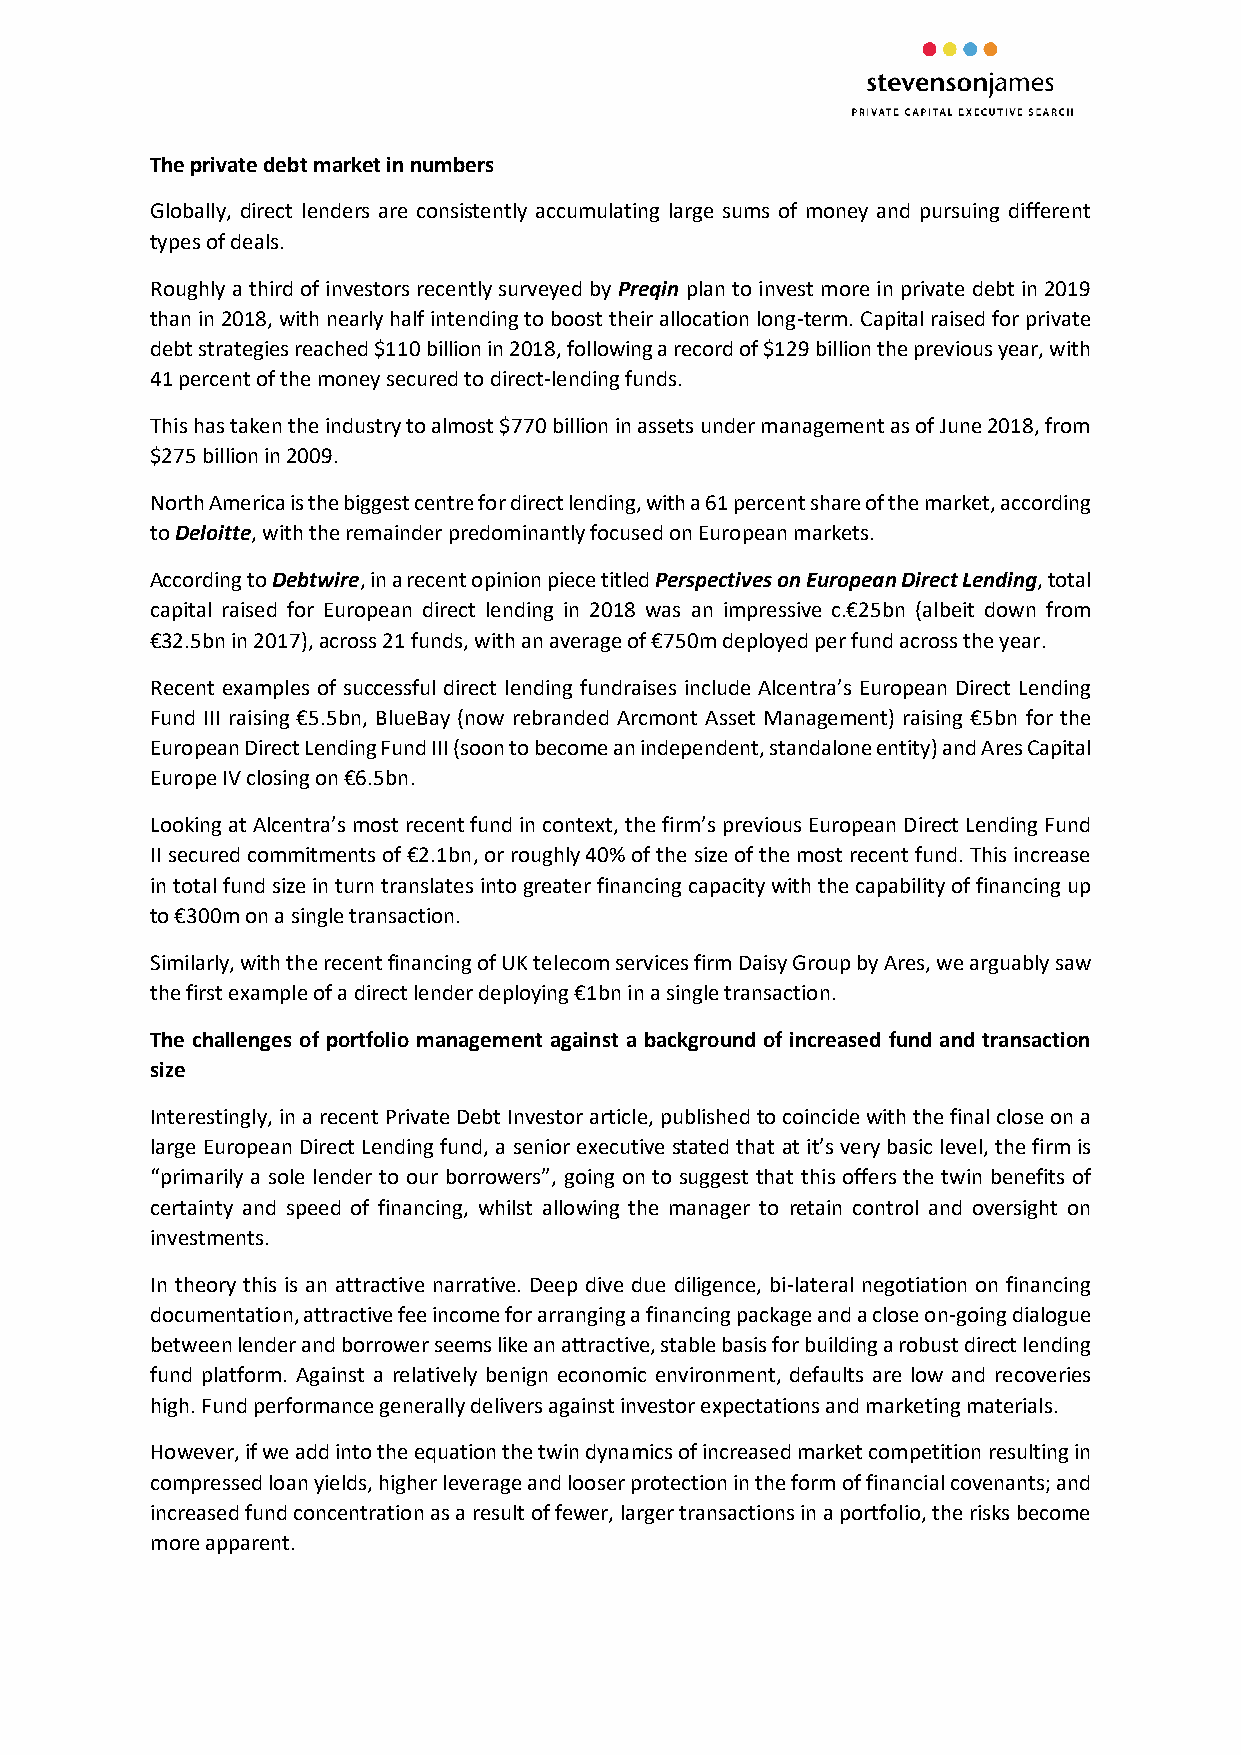
The private debt market in numbers
 Globally, direct lenders are consistently accumulating large sums of money and pursuing different
 types of deals.
 Roughly a third of investors recently surveyed by Preqin plan to invest more in private debt in 2019
 than in 2018, with nearly half intending to boost their allocation long-term. Capital raised for private
 debt strategies reached $110 billion in 2018, following a record of $129 billion the previous year, with
 41 percent of the money secured to direct-lending funds.
 This has taken the industry to almost $770 billion in assets under management as of June 2018, from
 $275 billion in 2009.
 North America is the biggest centre for direct lending, with a 61 percent share of the market, according
 to Deloitte, with the remainder predominantly focused on European markets.
 According to Debtwire, in a recent opinion piece titled Perspectives on European Direct Lending, total
 capital raised for European direct lending in 2018 was an impressive c.€25bn (albeit down from
 €32.5bn in 2017), across 21 funds, with an average of €750m deployed per fund across the year.
 Recent examples of successful direct lending fundraises include Alcentra’s European Direct Lending
 Fund III raising €5.5bn, BlueBay (now rebranded Arcmont Asset Management) raising €5bn for the
 European Direct Lending Fund III (soon to become an independent, standalone entity) and Ares Capital
 Europe IV closing on €6.5bn.
 Looking at Alcentra’s most recent fund in context, the firm’s previous European Direct Lending Fund
 II secured commitments of €2.1bn, or roughly 40% of the size of the most recent fund. This increase
 in total fund size in turn translates into greater financing capacity with the capability of financing up
 to €300m on a single transaction.
 Similarly, with the recent financing of UK telecom services firm Daisy Group by Ares, we arguably saw
 the first example of a direct lender deploying €1bn in a single transaction.
 The challenges of portfolio management against a background of increased fund and transaction
 size
 Interestingly, in a recent Private Debt Investor article, published to coincide with the final close on a
 large European Direct Lending fund, a senior executive stated that at it’s very basic level, the firm is
 “primarily a sole lender to our borrowers”, going on to suggest that this offers the twin benefits of
 certainty and speed of financing, whilst allowing the manager to retain control and oversight on
 investments.
 In theory this is an attractive narrative. Deep dive due diligence, bi-lateral negotiation on financing
 documentation, attractive fee income for arranging a financing package and a close on-going dialogue
 between lender and borrower seems like an attractive, stable basis for building a robust direct lending
 fund platform. Against a relatively benign economic environment, defaults are low and recoveries
 high. Fund performance generally delivers against investor expectations and marketing materials.
 However, if we add into the equation the twin dynamics of increased market competition resulting in
 compressed loan yields, higher leverage and looser protection in the form of financial covenants; and
 increased fund concentration as a result of fewer, larger transactions in a portfolio, the risks become
 more apparent.